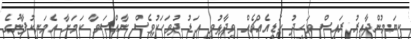
ކިޔަމުންދާއިރު ރައީސް ވަހީދު ހަޑިއެއްޗެއް ވިދާޅުވި އަޑު ދުވަހަކުވެސް ނާއްސަވާ ކަަމަށާ އެމަނިކުފާނުގެ